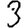
Digit: 3